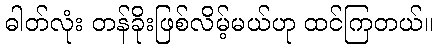
ဓါတ်လုံး တန်ခိုးဖြစ်လိမ့်မယ်ဟု ထင်ကြတယ်။